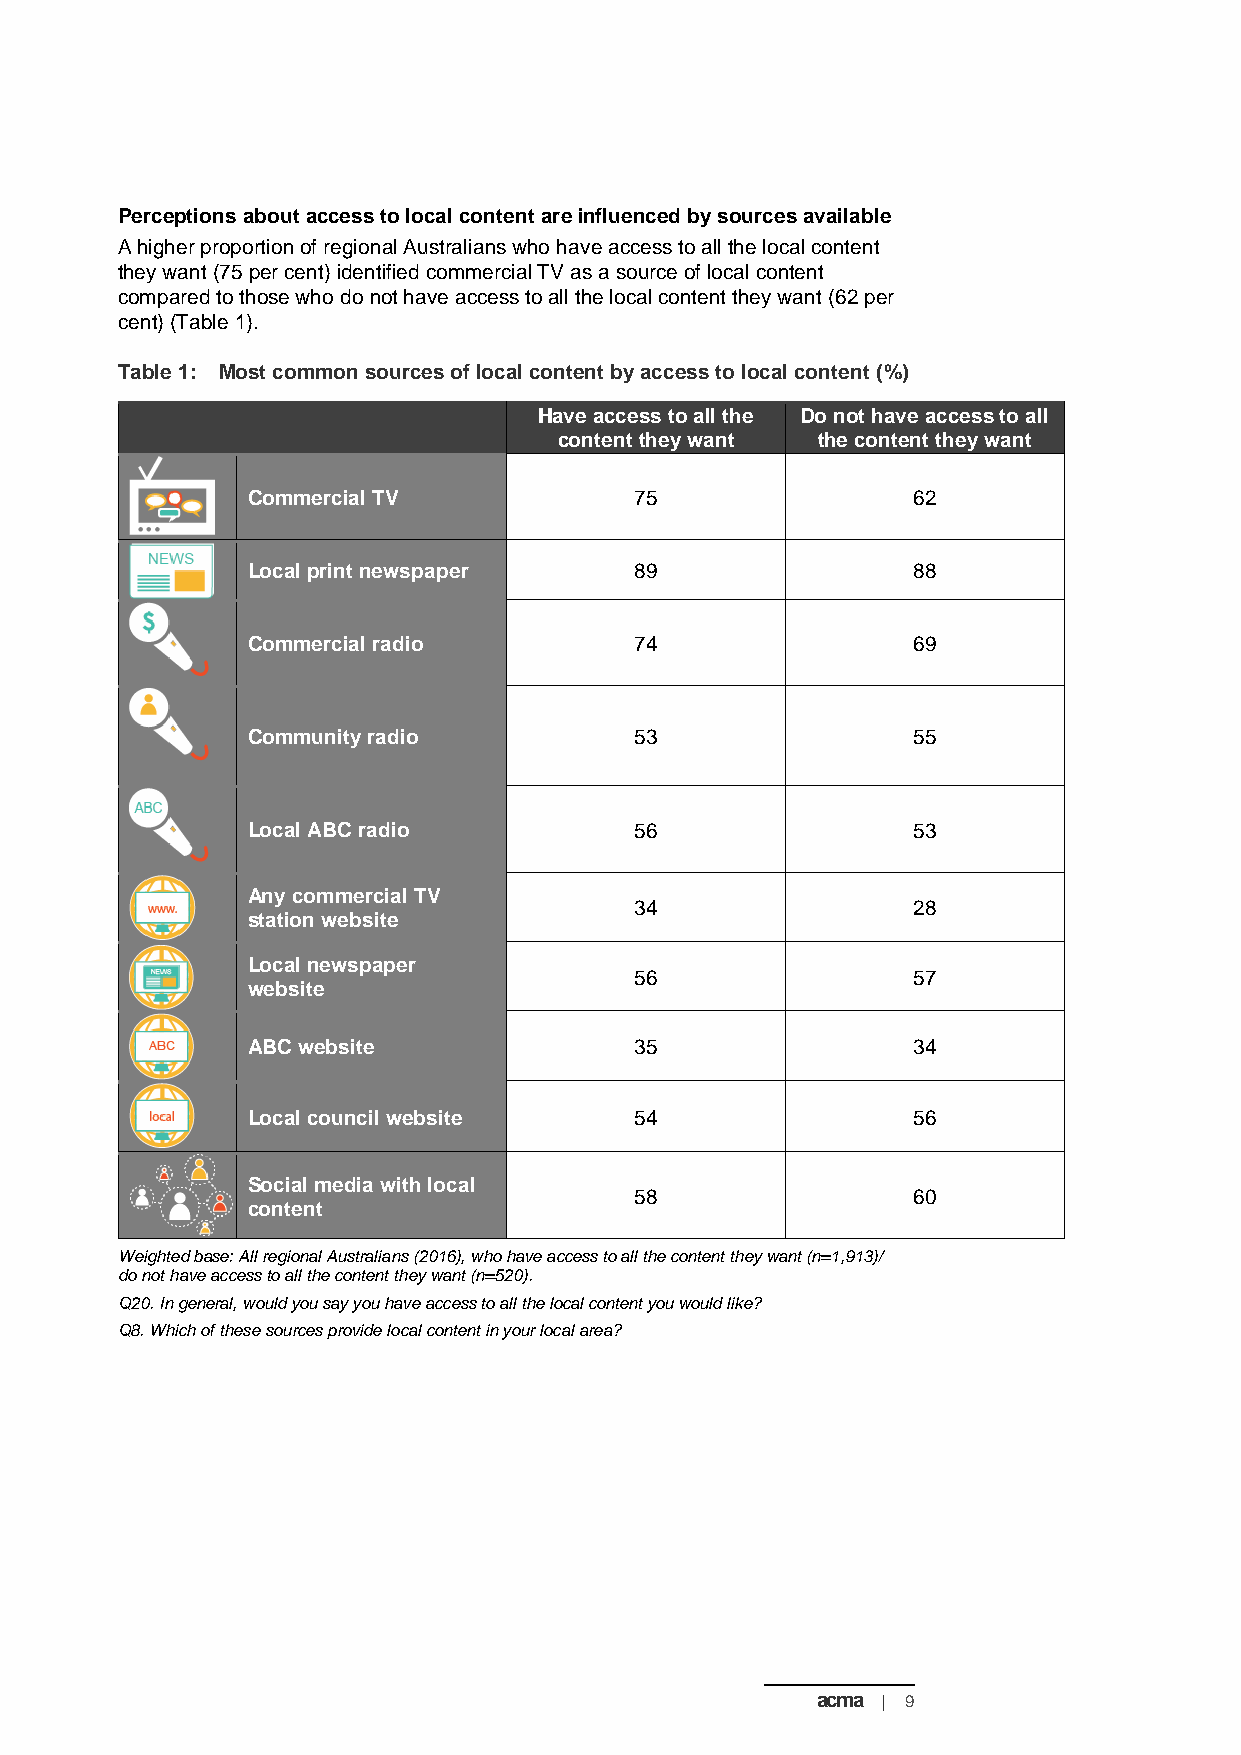
Perceptions about access to local content are influenced by sources available
 A higher proportion of regional Australians who have access to all the local content
 they want (75 per cent) identified commercial TV as a source of local content
 compared to those who do not have access to all the local content they want (62 per
 cent) (Table 1).
 Table 1: Most common sources of local content by access to local content (%)
 Have access to all the Do not have access to all
 content they want the content they want
 Commercial TV             75                62
 Local print newspaper     89                88
 Commercial radio          74                69
 Community radio           53                55
 Local ABC radio           56                53
 Any commercial TV
 34                28
 station website
 Local newspaper
 56                57
 website
 ABC website               35                34
 Local council website     54                56
 Social media with local
 58                60
 content
 Weighted base: All regional Australians (2016), who have access to all the content they want (n=1,913)/
 do not have access to all the content they want (n=520).
 Q20. In general, would you say you have access to all the local content you would like?
 Q8. Which of these sources provide local content in your local area?
 acma | 9